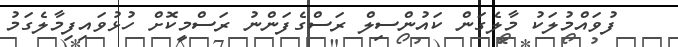
ފުވައްމުލަކު މާލެގަން ކައުންސިލް ރަސްގެފަންނު ރަސްމީކޮށް ހުޅުވައިފިމާލެގަމު